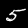
Digit: 5